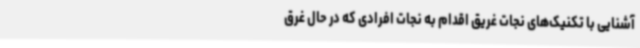
آشنایی با تکنیک‌های نجات غریق اقدام به نجات افرادی که در حال غرق